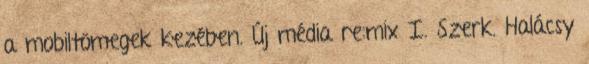
a mobiltömegek kezében. Új média re:mix I. Szerk. Halácsy